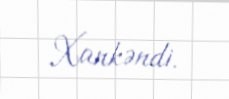
Xankəndi.